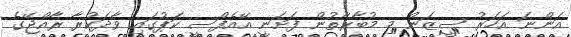
އަންނަ އަހަރު ސީޒަން މި މުބާރާތުން ފަށަނީ އޭއެފްސީ ކަޕުގައި ވާދަކުރާ ރާއްޖޭގެ